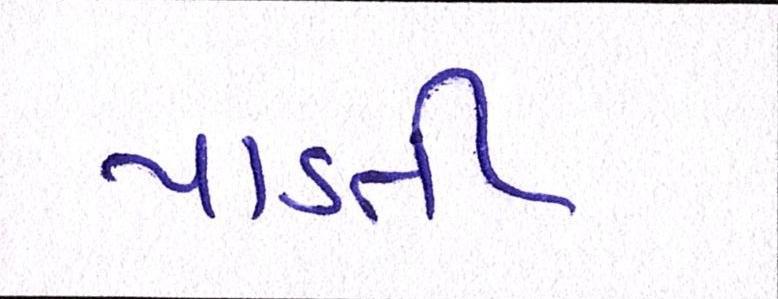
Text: પાડતી